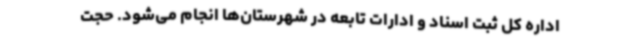
اداره کل ثبت اسناد و ادارات تابعه در شهرستان‌ها انجام می‌شود. حجت